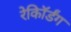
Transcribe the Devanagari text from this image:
रेकॉिर्डंग